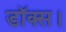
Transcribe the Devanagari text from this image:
डॉक्स।